Annual report of the Punjab Veterinary College and of the Civil Veterinary Department, Punjab - 1926-1932
Year: 1926
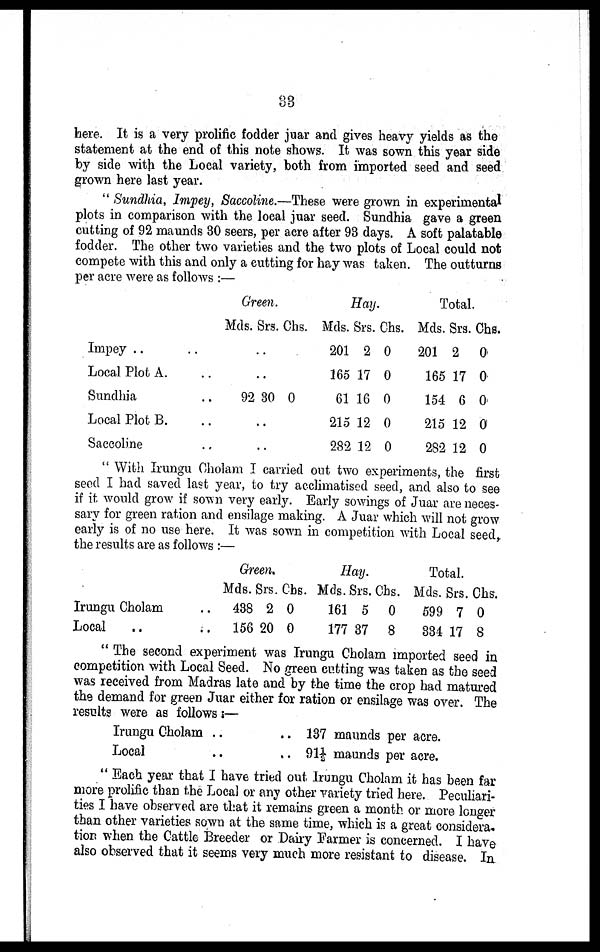
33
here. It is a very prolific fodder juar and gives heavy yields as the
statement at the end of this note shows. It was sown this year side
by side with the Local variety, both from imported seed and seed
grown here last year.
"Sundhia, Impey, Saccoline.—These were grown in experimental
plots in comparison with the loeal juar seed. Sundhia gave a green
cutting of 92 maunds 30 seers, per acre after 93 days. A soft palatable
fodder. The other two varieties and the two plots of Local could not
compete with this and only a cutting for hay was taken. The outturns
per acre were as follows :—
Impey ..
Local Plot A.
Sundhia
Local Plot B.
Saccoline
Green.
Mds. Srs. Chs.
.. ..
.. ..
.. 92 30 0
.. ..
.. ..
Hay.
Mds.
201
165
61
215
282
Srs.
2
17
16
12
12
Chs.
0
0
0
0
0
Total.
Mds.
201
165
154
215
282
Srs.
2
17
6
12
12
Chs.
0
0
0
0
0
" With Irungu Cholam I carried out two experiments, the first
seed I had saved last year, to try acclimatised seed, and also to see
if it would grow if sown very early. Early sowings of Juar are neces-
sary for green ration and ensilage making. A Juar which will not grow
early is of no use here. It was sown in competition with Local seed,
the results are as follows :—
Irungu Cholam ..
Local .. ..
Green.
Mds.
438
156
Srs.
2
20
Chs.
0
0
Hay.
Mds.
161
177
Srs.
5
37
Chs.
0
8
Total.
Mds.
599
334
Srs.
7
17
Chs.
0
8
" The second experiment was Irungu Cholam imported seed in
competition with Local Seed. No green cutting was taken as the seed
was received from Madras late and by the time the crop had matured
the demand for green Juar either for ration or ensilage was over. The
results were as follows :—
Irungu
Cholam..
..
Local
..
..
137 maunds per acre.
91½ maunds per acre.
"Each year that I have tried out Irungu Cholam it has been far
more prolific than the Local or any other variety tried here. Peculiari-
ties I have observed are that it remains green a month or more longer
than other varieties sown at the same time, which is a great considera.
tion when the Cattle Breeder or Dairy Farmer is concerned. I have
also observed that it seems very much more resistant to disease. In